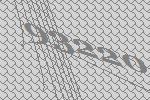
93220